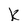
Character: k